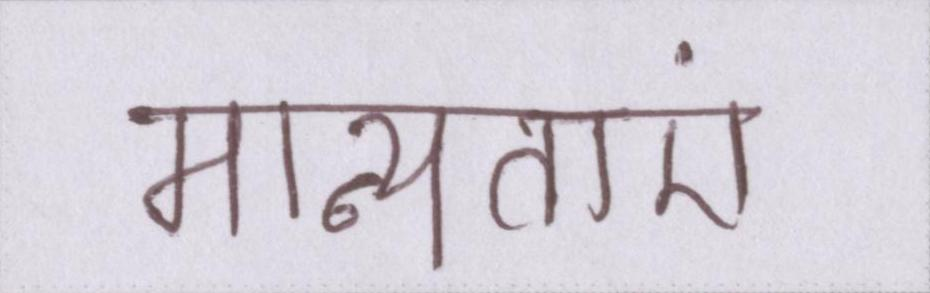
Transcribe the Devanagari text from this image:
मान्यताएं